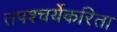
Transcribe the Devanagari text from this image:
तपश्चर्येकरिता